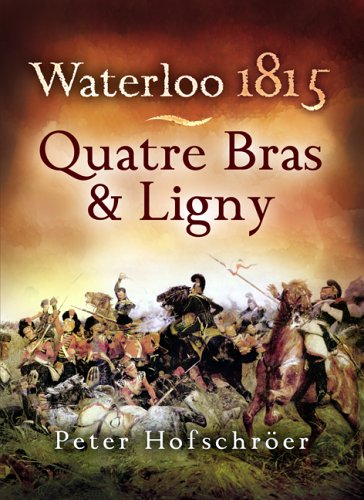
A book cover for Waterloo 1815: Quatre Bras & Ligny; Peter Hofschroer; History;